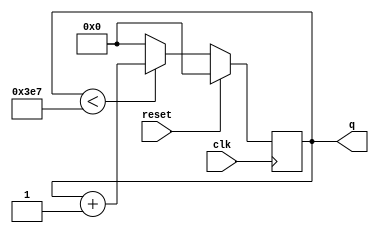
module top_module (
    input clk,
    input reset,
    output [9:0] q);

    always@(posedge clk)begin
        if(reset)begin
            q <= 10'd0;
        end
        else begin
            if (q < 10'd999) begin
                q <= q + 10'd1;
            end
            else begin
                q <= 10'd0;
            end
        end
    end

endmodule